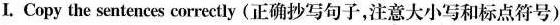
Ⅰ.Copy the sentences correctly(正确抄写句子，注意大小写和标点符号)